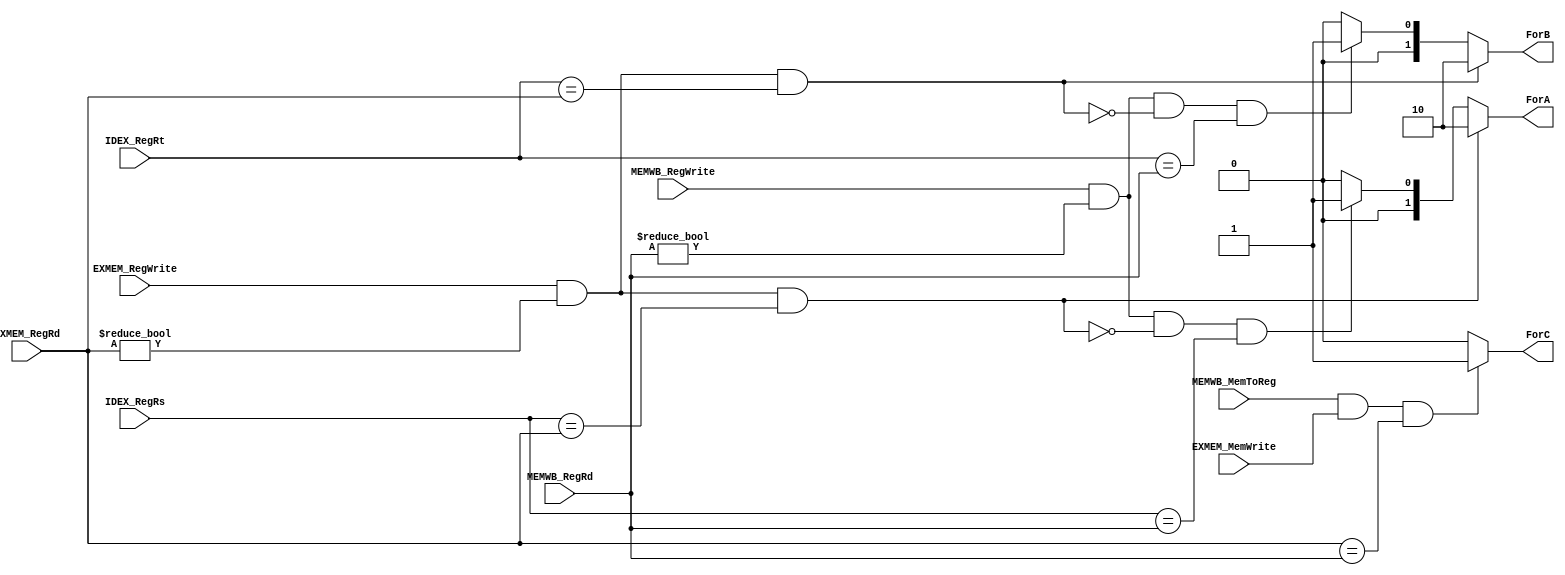
`timescale 1ns / 1ps

module ForwardingUnit(

    input MEMWB_MemToReg,
    input MEMWB_RegWrite,
    input EXMEM_RegWrite,
    input EXMEM_MemWrite,
    input [4:0] IDEX_RegRs,
    input [4:0] IDEX_RegRt,
    input [4:0] EXMEM_RegRd,
    input [4:0] MEMWB_RegRd,

    output [1:0] ForA,
    output [1:0] ForB,
    output ForC
);				

    wire IDEX_EQ_EXMEM_Rs = (IDEX_RegRs == EXMEM_RegRd);

    wire IDEX_EQ_EXMEM_Rt = (IDEX_RegRt == EXMEM_RegRd);

    wire IDEX_EQ_MEMWB_Rs = (IDEX_RegRs == MEMWB_RegRd);

    wire IDEX_EQ_MEMWB_Rt = (IDEX_RegRt == MEMWB_RegRd);

    wire EXMEM_EQ_MEMWB_Rd = (EXMEM_RegRd == MEMWB_RegRd);

    wire MEM_ForwardA = (EXMEM_RegWrite & EXMEM_RegRd != 0 & IDEX_EQ_EXMEM_Rs);

    wire MEM_ForwardB = (EXMEM_RegWrite & EXMEM_RegRd != 0 & IDEX_EQ_EXMEM_Rt);

    wire WB_ForwardA = (MEMWB_RegWrite & MEMWB_RegRd != 0 & !(MEM_ForwardA) & IDEX_EQ_MEMWB_Rs);

    wire WB_ForwardB = (MEMWB_RegWrite & MEMWB_RegRd != 0 & !(MEM_ForwardB) & IDEX_EQ_MEMWB_Rt);

    wire WB_ForwardC = (MEMWB_MemToReg & EXMEM_MemWrite & EXMEM_EQ_MEMWB_Rd);

    assign ForA = (MEM_ForwardA) ? 2'b10 : ( (WB_ForwardA) ? 2'b01 : 2'b00);
    assign ForB = (MEM_ForwardB) ? 2'b10 : ( (WB_ForwardB) ? 2'b01 : 2'b00);
    assign ForC = (WB_ForwardC) ? 1'b1 : 1'b0;

endmodule